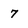
Character: 7